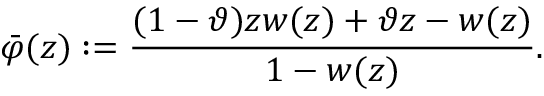
\bar { \varphi } ( z ) : = \frac { ( 1 - \vartheta ) z w ( z ) + \vartheta z - w ( z ) } { 1 - w ( z ) } .